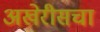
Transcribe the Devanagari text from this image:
अखेरीसचा